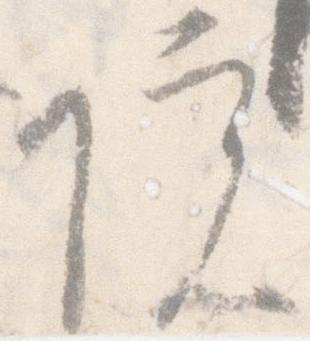
院